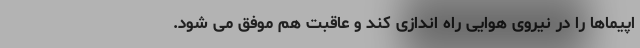
اپیماها را در نیروی هوایی راه اندازی کند و عاقبت هم موفق می شود.